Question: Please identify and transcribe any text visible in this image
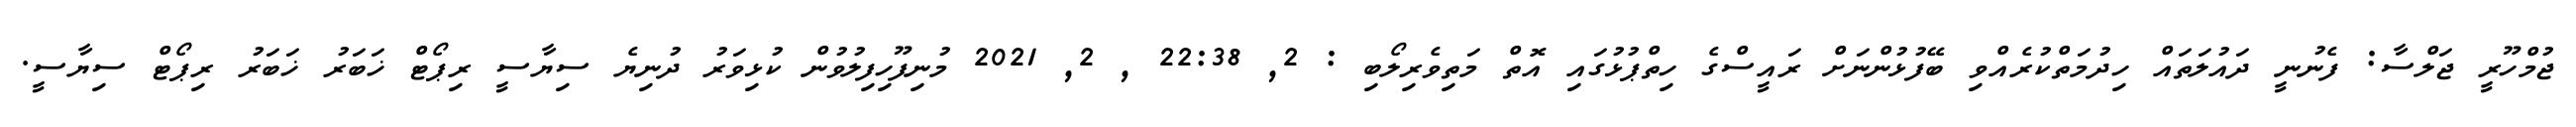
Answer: ޖުމްހޫރީ ޖަލްސާ: ފެނުނީ ދައުލަތައް ހިދުމަތްކުރެއްވި ބޭފުޅުންނަށް ރައީސްގެ ހިތްޕުޅުގައި އޮތް މަތިވެރިލޯބި : 2, 22:38 , 2, 2021 މުނިފޫހިފިލުވުން ކުޅިވަރު ދުނިޔެ ސިޔާސީ ރިޕޯޓް ޚަބަރު ޚަބަރު ރިޕޯޓް ސިޔާސީ.